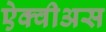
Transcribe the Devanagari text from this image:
ऐक्वीअस